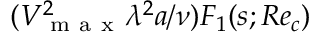
( V _ { \mathrm { ~ m ~ a ~ x ~ } } ^ { 2 } \lambda ^ { 2 } a / \nu ) F _ { 1 } ( s ; R e _ { c } )